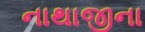
નાથાજીના